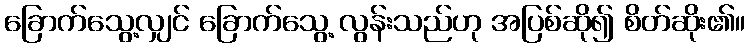
ခြောက်သွေ့လျှင် ခြောက်သွေ့ လွန်းသည်ဟု အပြစ်ဆို၍ စိတ်ဆိုး၏။